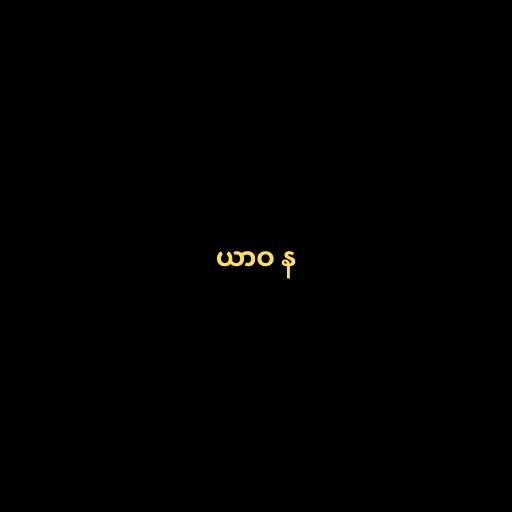
ယာဝ န